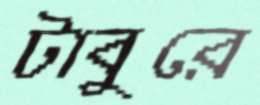
টাবুরে